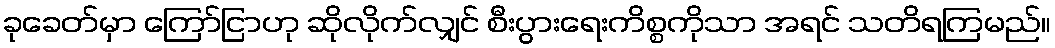
ခုခေတ်မှာ ကြော်ငြာဟု ဆိုလိုက်လျှင် စီးပွားရေးကိစ္စကိုသာ အရင် သတိရကြမည်။